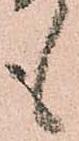
も